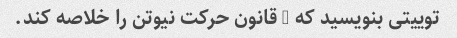
توییتی بنویسید که 3 قانون حرکت نیوتن را خلاصه کند.